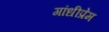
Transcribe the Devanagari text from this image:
गांधीप्रेम